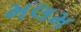
મલમ